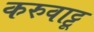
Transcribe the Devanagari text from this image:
करुवाट्टू